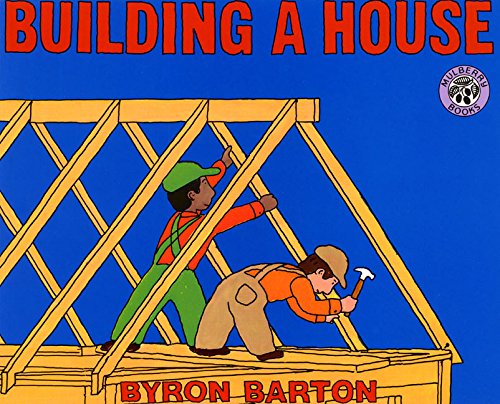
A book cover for Building a House (Mulberry Books); Byron Barton; Children's Books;